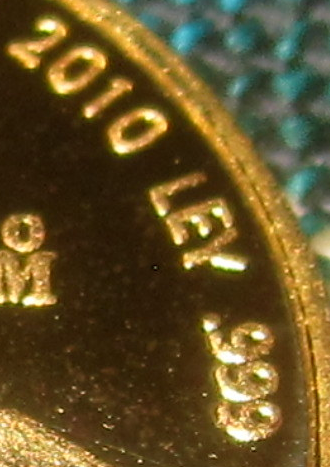
2010 LEY 999